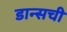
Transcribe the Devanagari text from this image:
डान्सची